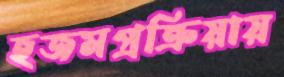
হজমপ্রক্রিয়ায়